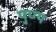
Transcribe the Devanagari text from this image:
पु्ण्य